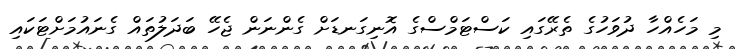
މި މަހެއްހާ ދުވަހުގެ ތެރޭގައި ކަސްޓަމްސްގެ އޮނިގަނޑަށް ގެންނަން ޖެހޭ ބަދަލުތައް ގެނައުމަށްޓަކައި